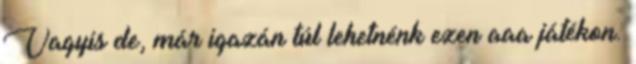
Vagyis de, már igazán túl lehetnénk ezen aaa játékon.